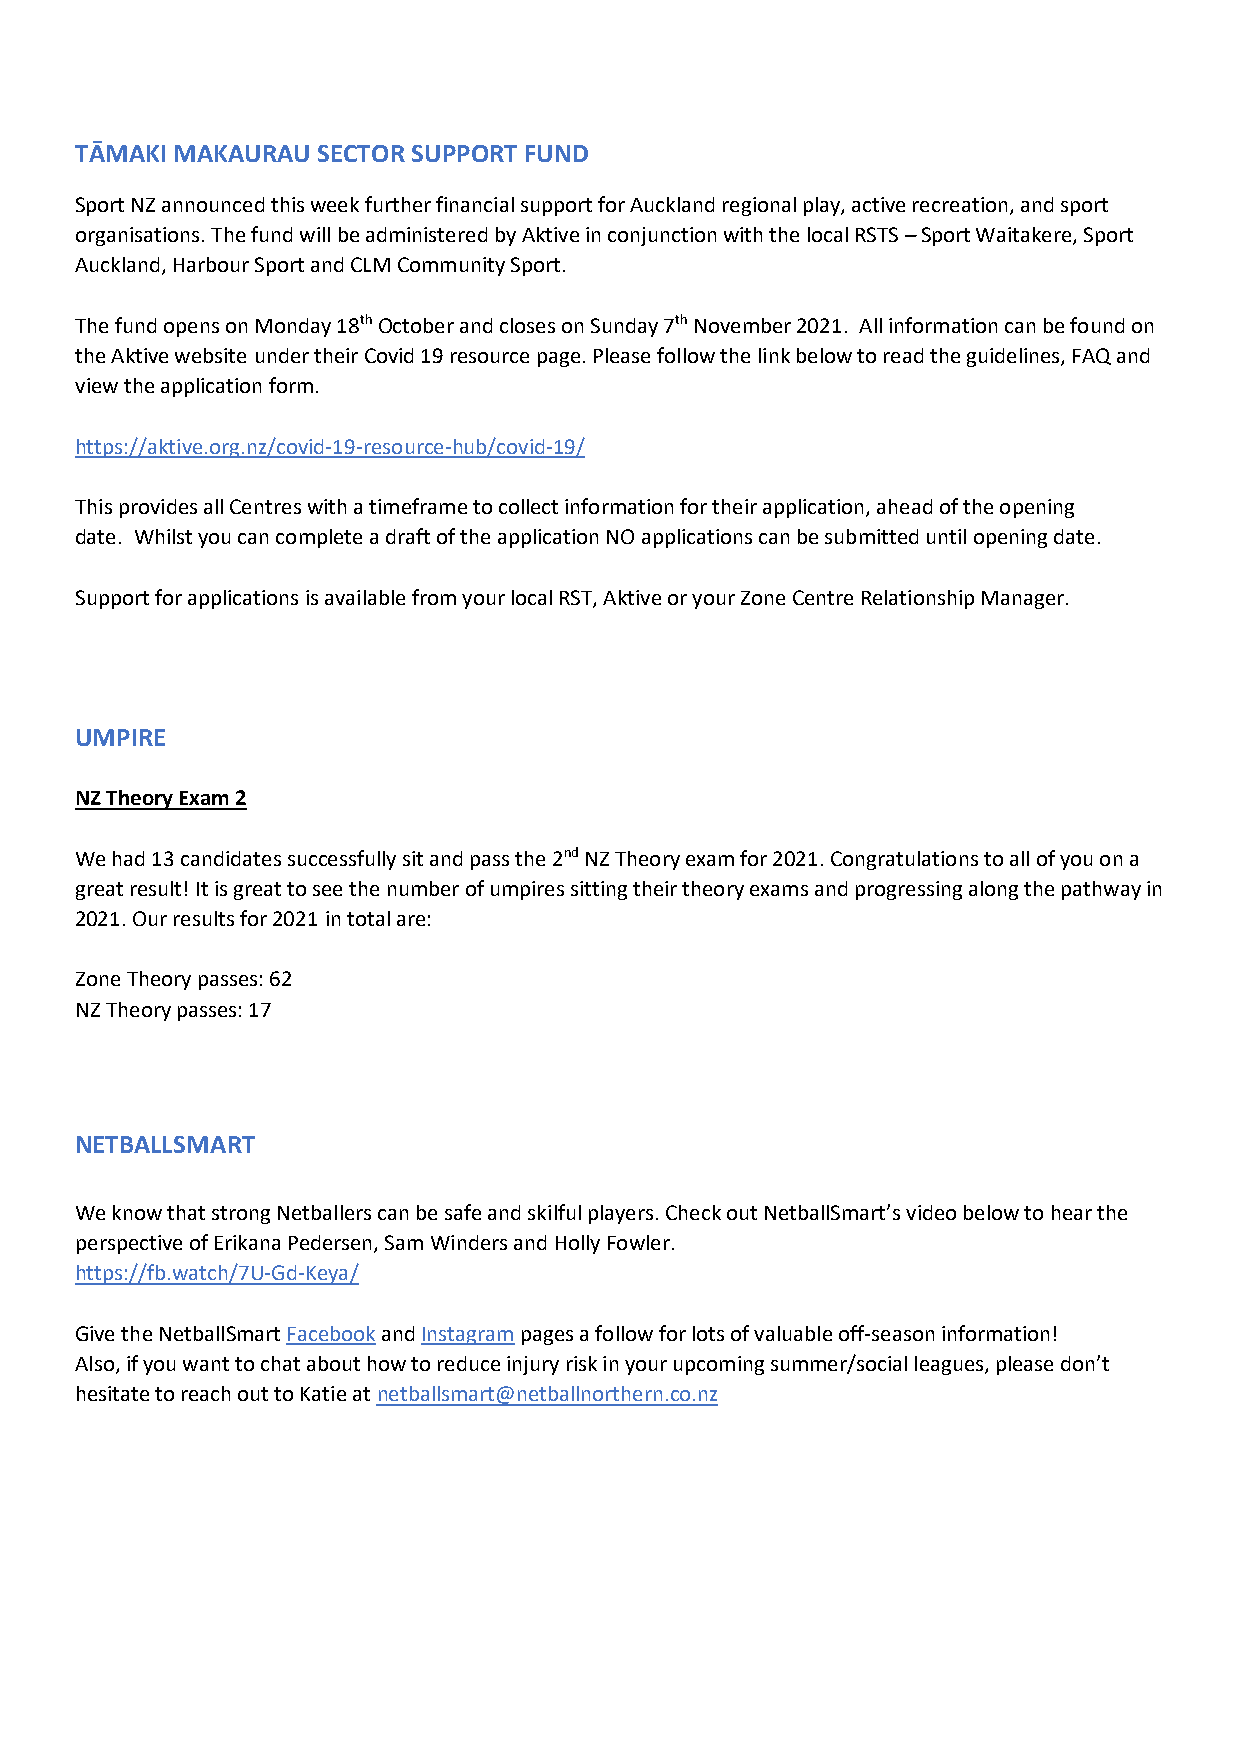
TĀMAKI MAKAURAU SECTOR SUPPORT FUND
 Sport NZ announced this week further financial support for Auckland regional play, active recreation, and sport
 organisations. The fund will be administered by Aktive in conjunction with the local RSTS – Sport Waitakere, Sport
 Auckland, Harbour Sport and CLM Community Sport.
 The fund opens on Monday 18th October and closes on Sunday 7th November 2021. All information can be found on
 the Aktive website under their Covid 19 resource page. Please follow the link below to read the guidelines, FAQ and
 view the application form.
 https://aktive.org.nz/covid-19-resource-hub/covid-19/
 This provides all Centres with a timeframe to collect information for their application, ahead of the opening
 date. Whilst you can complete a draft of the application NO applications can be submitted until opening date.
 Support for applications is available from your local RST, Aktive or your Zone Centre Relationship Manager.
 UMPIRE
 NZ Theory Exam 2
 We had 13 candidates successfully sit and pass the 2nd NZ Theory exam for 2021. Congratulations to all of you on a
 great result! It is great to see the number of umpires sitting their theory exams and progressing along the pathway in
 2021. Our results for 2021 in total are:
 Zone Theory passes: 62
 NZ Theory passes: 17
 NETBALLSMART
 We know that strong Netballers can be safe and skilful players. Check out NetballSmart’s video below to hear the
 perspective of Erikana Pedersen, Sam Winders and Holly Fowler.
 https://fb.watch/7U-Gd-Keya/
 Give the NetballSmart Facebook and Instagram pages a follow for lots of valuable off-season information!
 Also, if you want to chat about how to reduce injury risk in your upcoming summer/social leagues, please don’t
 hesitate to reach out to Katie at netballsmart@netballnorthern.co.nz